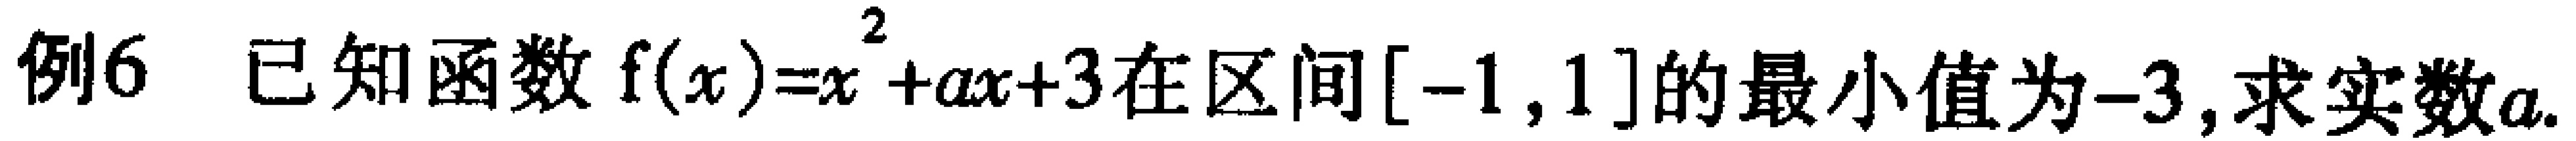
例6 已知函数$f(x)=x^{2}+ax + 3$在区间$[-1,1]$的最小值为$-3$,求实数$a$.